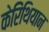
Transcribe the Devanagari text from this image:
केरिंथियान